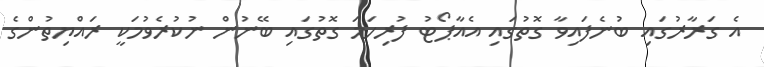
އެ ގަރާރުގައި ބުނެފައިވާ ގޮތުގައި އެއާޕޯޓު ފުރިހަމަ ގޮތުގައި ބޭނުން ނުކުރެވުމަކީ ރައްޔިތުންގެ